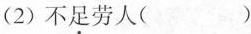
(2)不足劳人( )